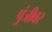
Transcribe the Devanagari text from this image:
पुंजीवर